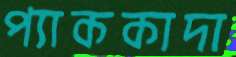
প্যাককাদা